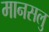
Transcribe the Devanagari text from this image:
मानसलु